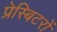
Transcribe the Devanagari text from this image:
प्रेस्बिटरों